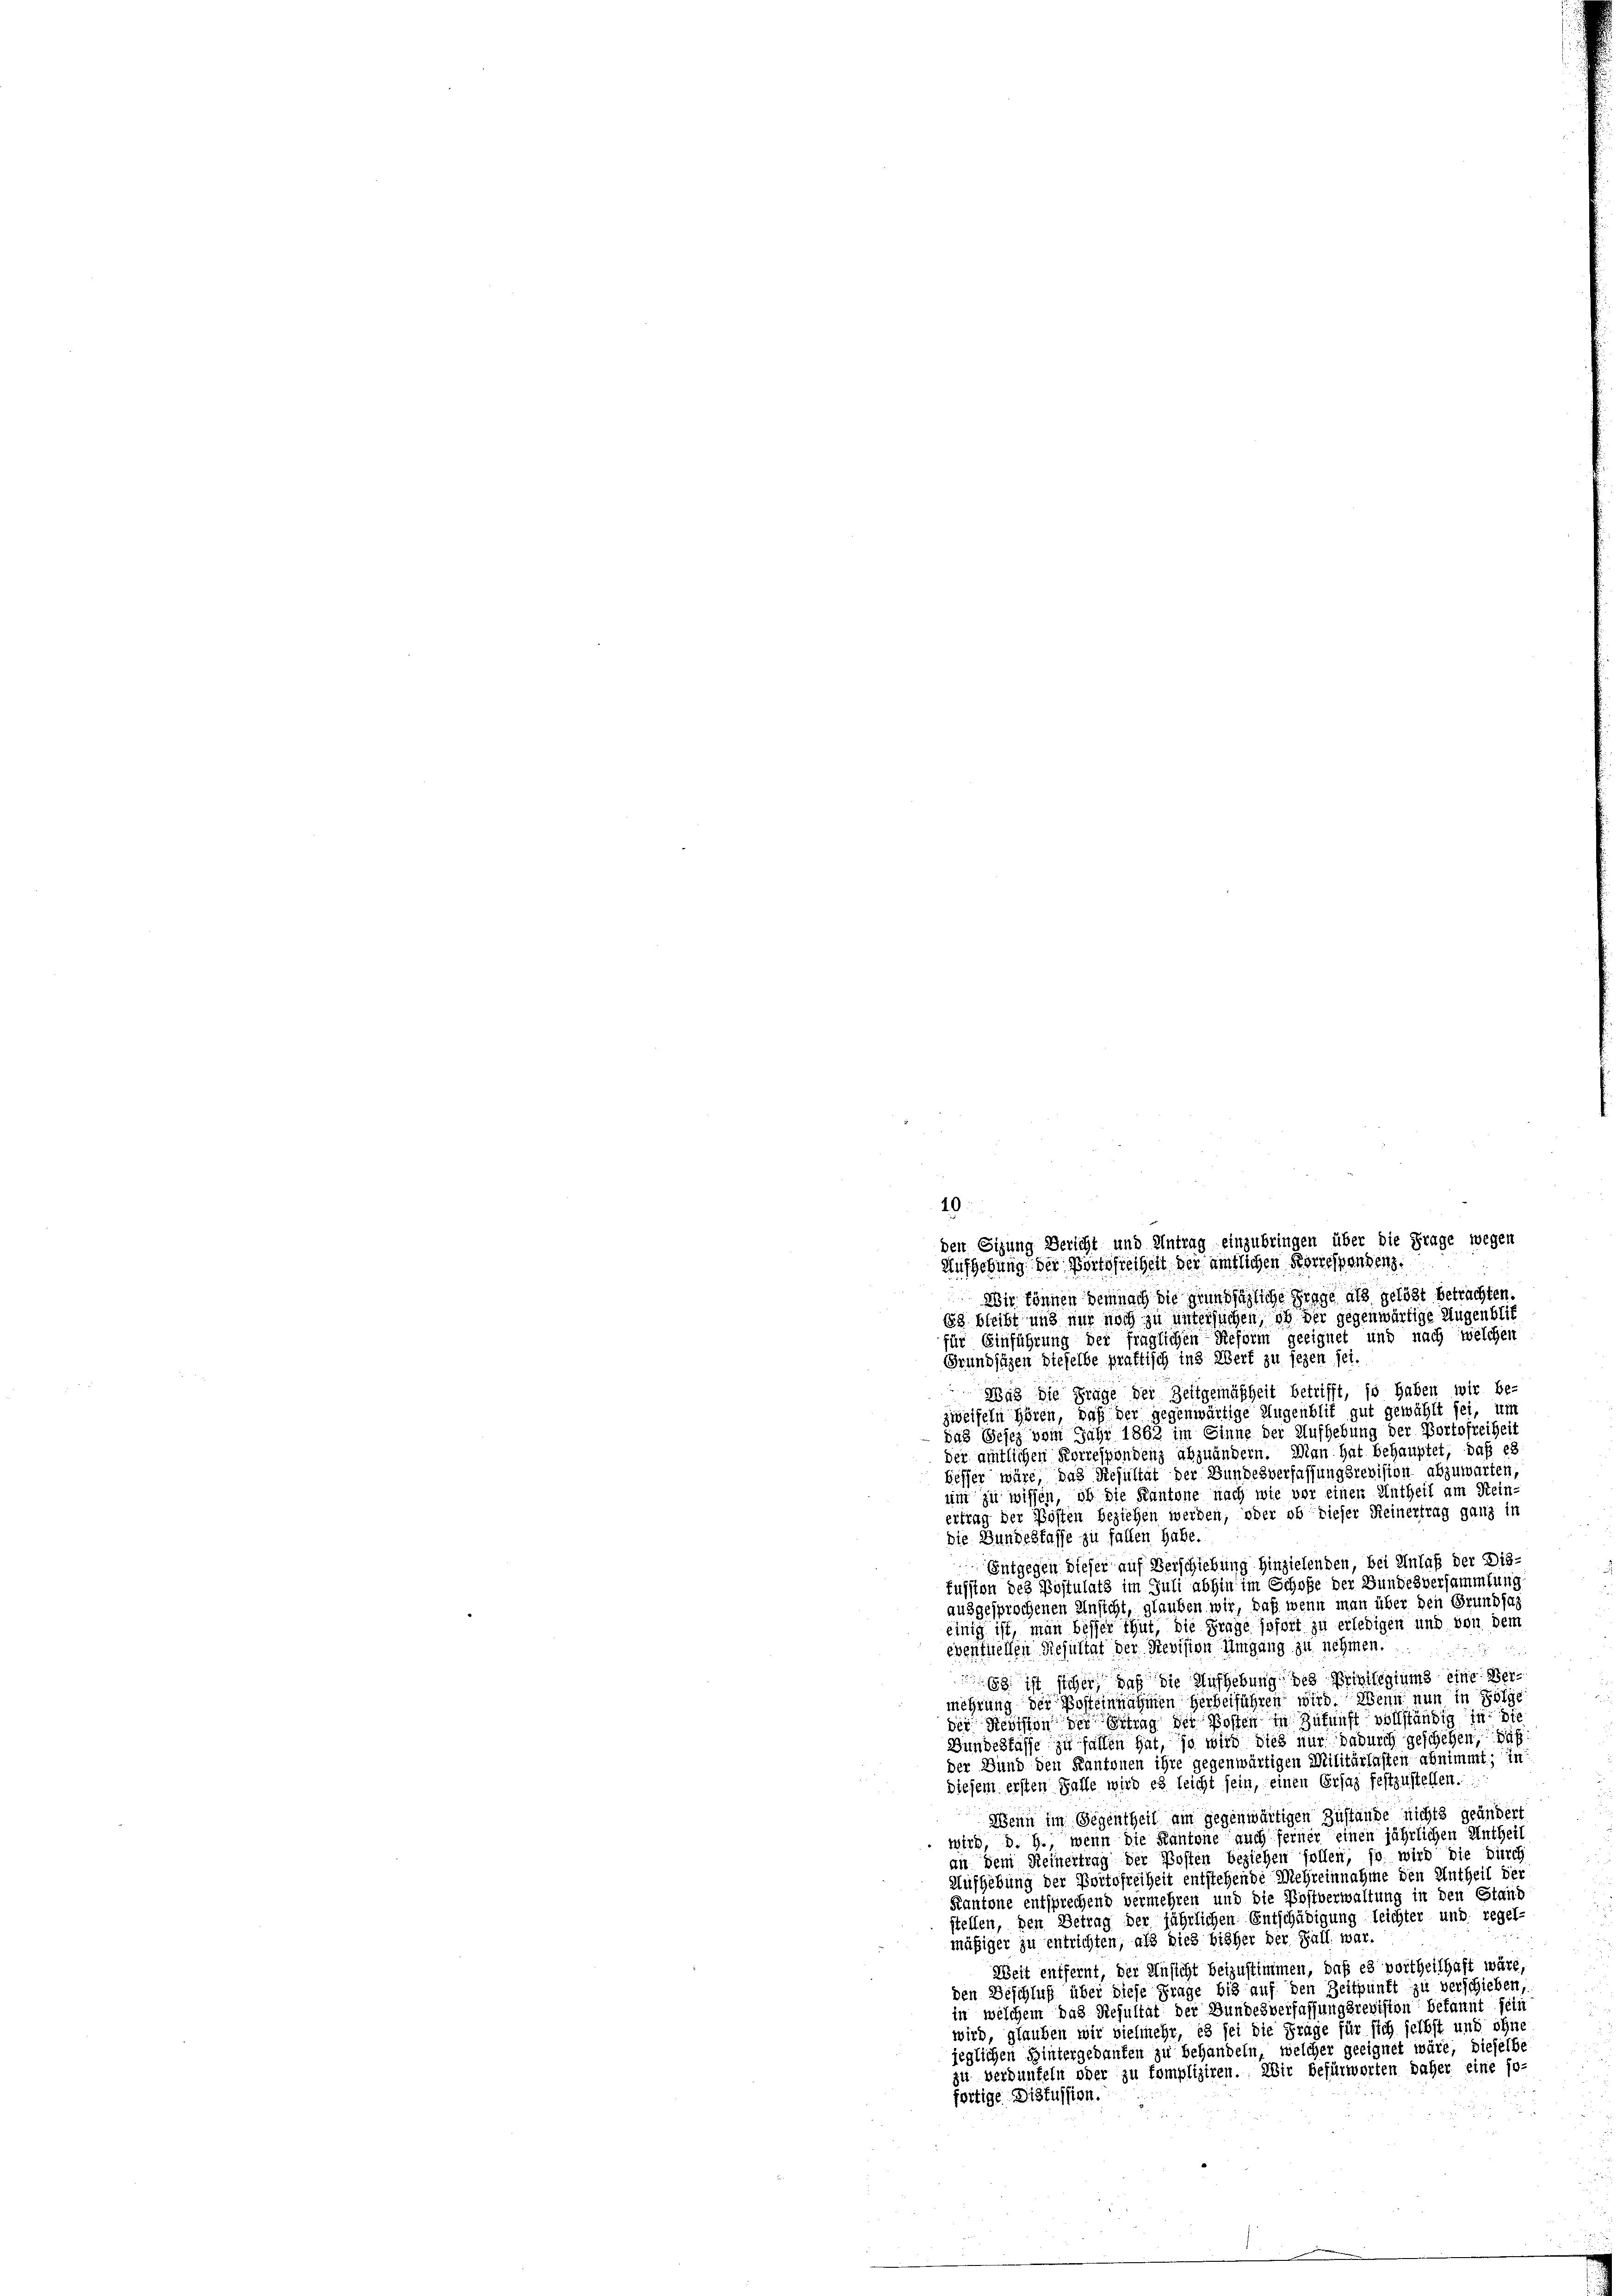
Wir können demnach die grundsägliche Frage als gelöst betrachten.
Es bleibt und nur noch zu untersuchen, ob der gegenwärtige Augenblic
für Einführung der fraglichen Reform geeignet und nach welchen
Grundsäzen dieselbe praktisch ins Wert zu sezen sei.
F
Myc die Prüge der Zeitgemäßheit betrifft, so haben wir be-
zweifeln hören, daß der gegenwärtige Augenblit gut gewählt sei, um
das Gesetz vom Jahr 1862 im Sinne der Aufhebung der Portofreiheit
der amtlichen Korrespondenz abzuändern. Man hat behauptet, daß es
besser wäre, das Resultat der Bundesverfassungsrevision abzuwarten,
um zu wissen, ob die Kantone nach wie vor einen Untheil am Rein-
ertrag der Posten beziehen werden, oder ob dieser Reinertrag ganz in
die Bundesfasse zu fallen habe.
Entgegen dieser auf Verschiebung hinzielenden, bei Anlaß der Dis-
fussion des Postulats im Juli abhin im Schoße der Bundesversammlung
ausgesprochenen Ansicht, glauben wir, daß wenn man über den Grundsaz
einig ist, man besser thut, die Frage sofort zu erledigen und von dem
eventuellen Resultat der Revision Umgang zu nehmen.
18 ist sicher, daß die Aufhebung des Privilegiums eine Vermehrung der Posteinnahmen Herbeiführen wird. Wenn nun in Folge
die Revision des Ertrag der Posten in Zukunft vollständig in die
Bundesfasse zu fallen hat, so wird dies nur dadurch geschehen, daß
der Bund den Kantonen ihre gegenwärtigen Militärlasten abnimmt; in
diesem ersten Falle wird es leicht sein, einen Ersaz festzustellen.
Wenn im Gegentheil am gegenwärtigen Zustände nichts geändert
wird, d. G., wenn die Kantone auch ferner einen jährlichen Antheil
an dem Reinertrag der Posten beziehen sollen, so wird die durch
Müfhebung der Portofreiheit entstehende Mehreinnahme den Antheil der
Kantone entsprechend vermehren und die Postverwaltung in den Stand
stellen, den Betrag der jährlichen Entschädigung leichter und regel-
mäßiger zu entrichten, als dies bisher der Fall war.
Weit entfernt, der Unsicht beizustimmen, daß es vortheilhaft wäre,
den Beschluß über diese Frage bis auf den Zeitpunft zu verschieben,
in welchem das Resultat der Bundesverfassungsrevision bekannt sein
wird, glauben wir vielmehr, es sei die Frage für sich selbst und ohne
jeglichen Hintergedanken zu behandeln, welcher geeignet wäre, dieselbe
zu verdunkeln oder zu kompliziren. Wir befürworten daher eine so-
fortige Diskussion.

40:
den Sizung Bericht und Antrag einzubringen über die Frage wegen
Aufgebung der Portofreihen der amtlichen Korrespondenz.